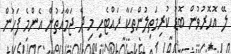
ލޭ އޮހޮރުވުން ބޮޑު ކުރިމަތިލުންތަކާ ރައްޓެހި މި ދެ ޖަމާއަތުން އެންމެ ފަހުން